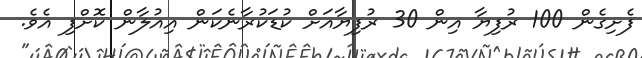
ފެށިގެން 100 ރުފިޔާ އިން 30 ރުފިޔާއަށް ކުޑަކުރާނެކަން އިއުލާން ކޮށްފި އެވެ.